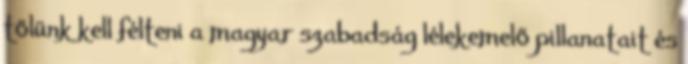
tőlünk kell félteni a magyar szabadság lélekemelő pillanatait és